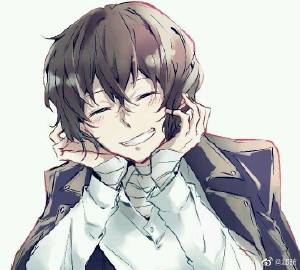
新叶初冉冉，初蕊新霏霏。